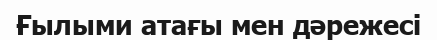
Ғылыми атағы мен дәрежесі